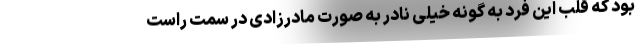
بود که قلب این فرد به گونه خیلی نادر به صورت مادرزادی در سمت راست